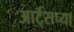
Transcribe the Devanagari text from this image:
आर्ट्‌सच्या